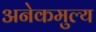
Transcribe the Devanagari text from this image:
अनेकमुल्य